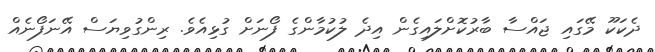
ދެކަކޫ މޭގައި ޖައްސާ ބާރުކޮށްލައިގެން އިދެ ލުކުމާންގެ ފޯނަށް ގުޅިއެވެ. ރިންގުވިޔަސް އޭނަފޯނެއް